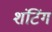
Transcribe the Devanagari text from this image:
शंटिंग